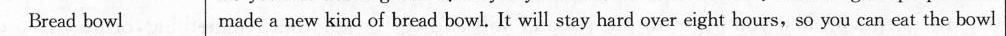
Bread bowl made a new kind of bread bowl. It will stay hard over eight hours,so you can eat the bowl